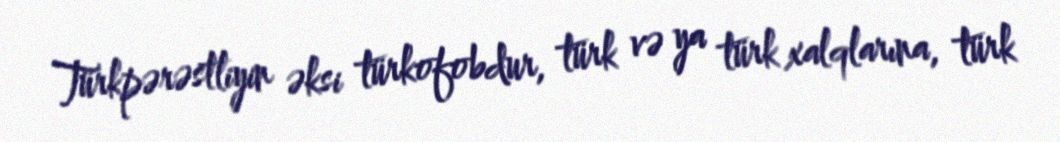
Türkpərəstliyin əksi türkofobdur, türk və ya türk xalqlarına, türk